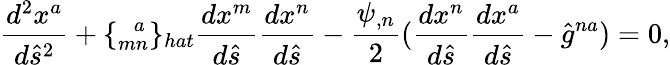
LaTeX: \frac{d^{2}x^{a}}{d\hat{s}^{2}}+\{ _{mn}^{\; \; a}\} _{hat}\frac{dx^{m}}{d\hat{s}}\frac{dx^{n}}{d\hat{s}}-\frac{\psi_{,n}}{2}(\frac{dx^{n}}{d\hat{s}}\frac{dx^{a}}{d\hat{s}}-\hat{g}^{na})=0,